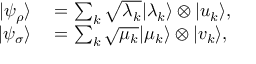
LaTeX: \begin{array} { r l } { | \psi _ { \rho } \rangle } & { { } = \sum _ { k } { \sqrt { \lambda _ { k } } } | \lambda _ { k } \rangle \otimes | u _ { k } \rangle , } \\ { | \psi _ { \sigma } \rangle } & { { } = \sum _ { k } { \sqrt { \mu _ { k } } } | \mu _ { k } \rangle \otimes | v _ { k } \rangle , } \end{array}